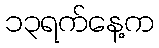
၁၃ရက်နေ့က